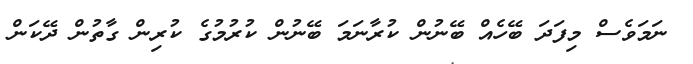
ނަމަވެސް މިފަދަ ބޭހެއް ބޭނުން ކުރާނަމަ ބޭނުން ކުރުމުގެ ކުރިން ގާތުން ދޭކަން